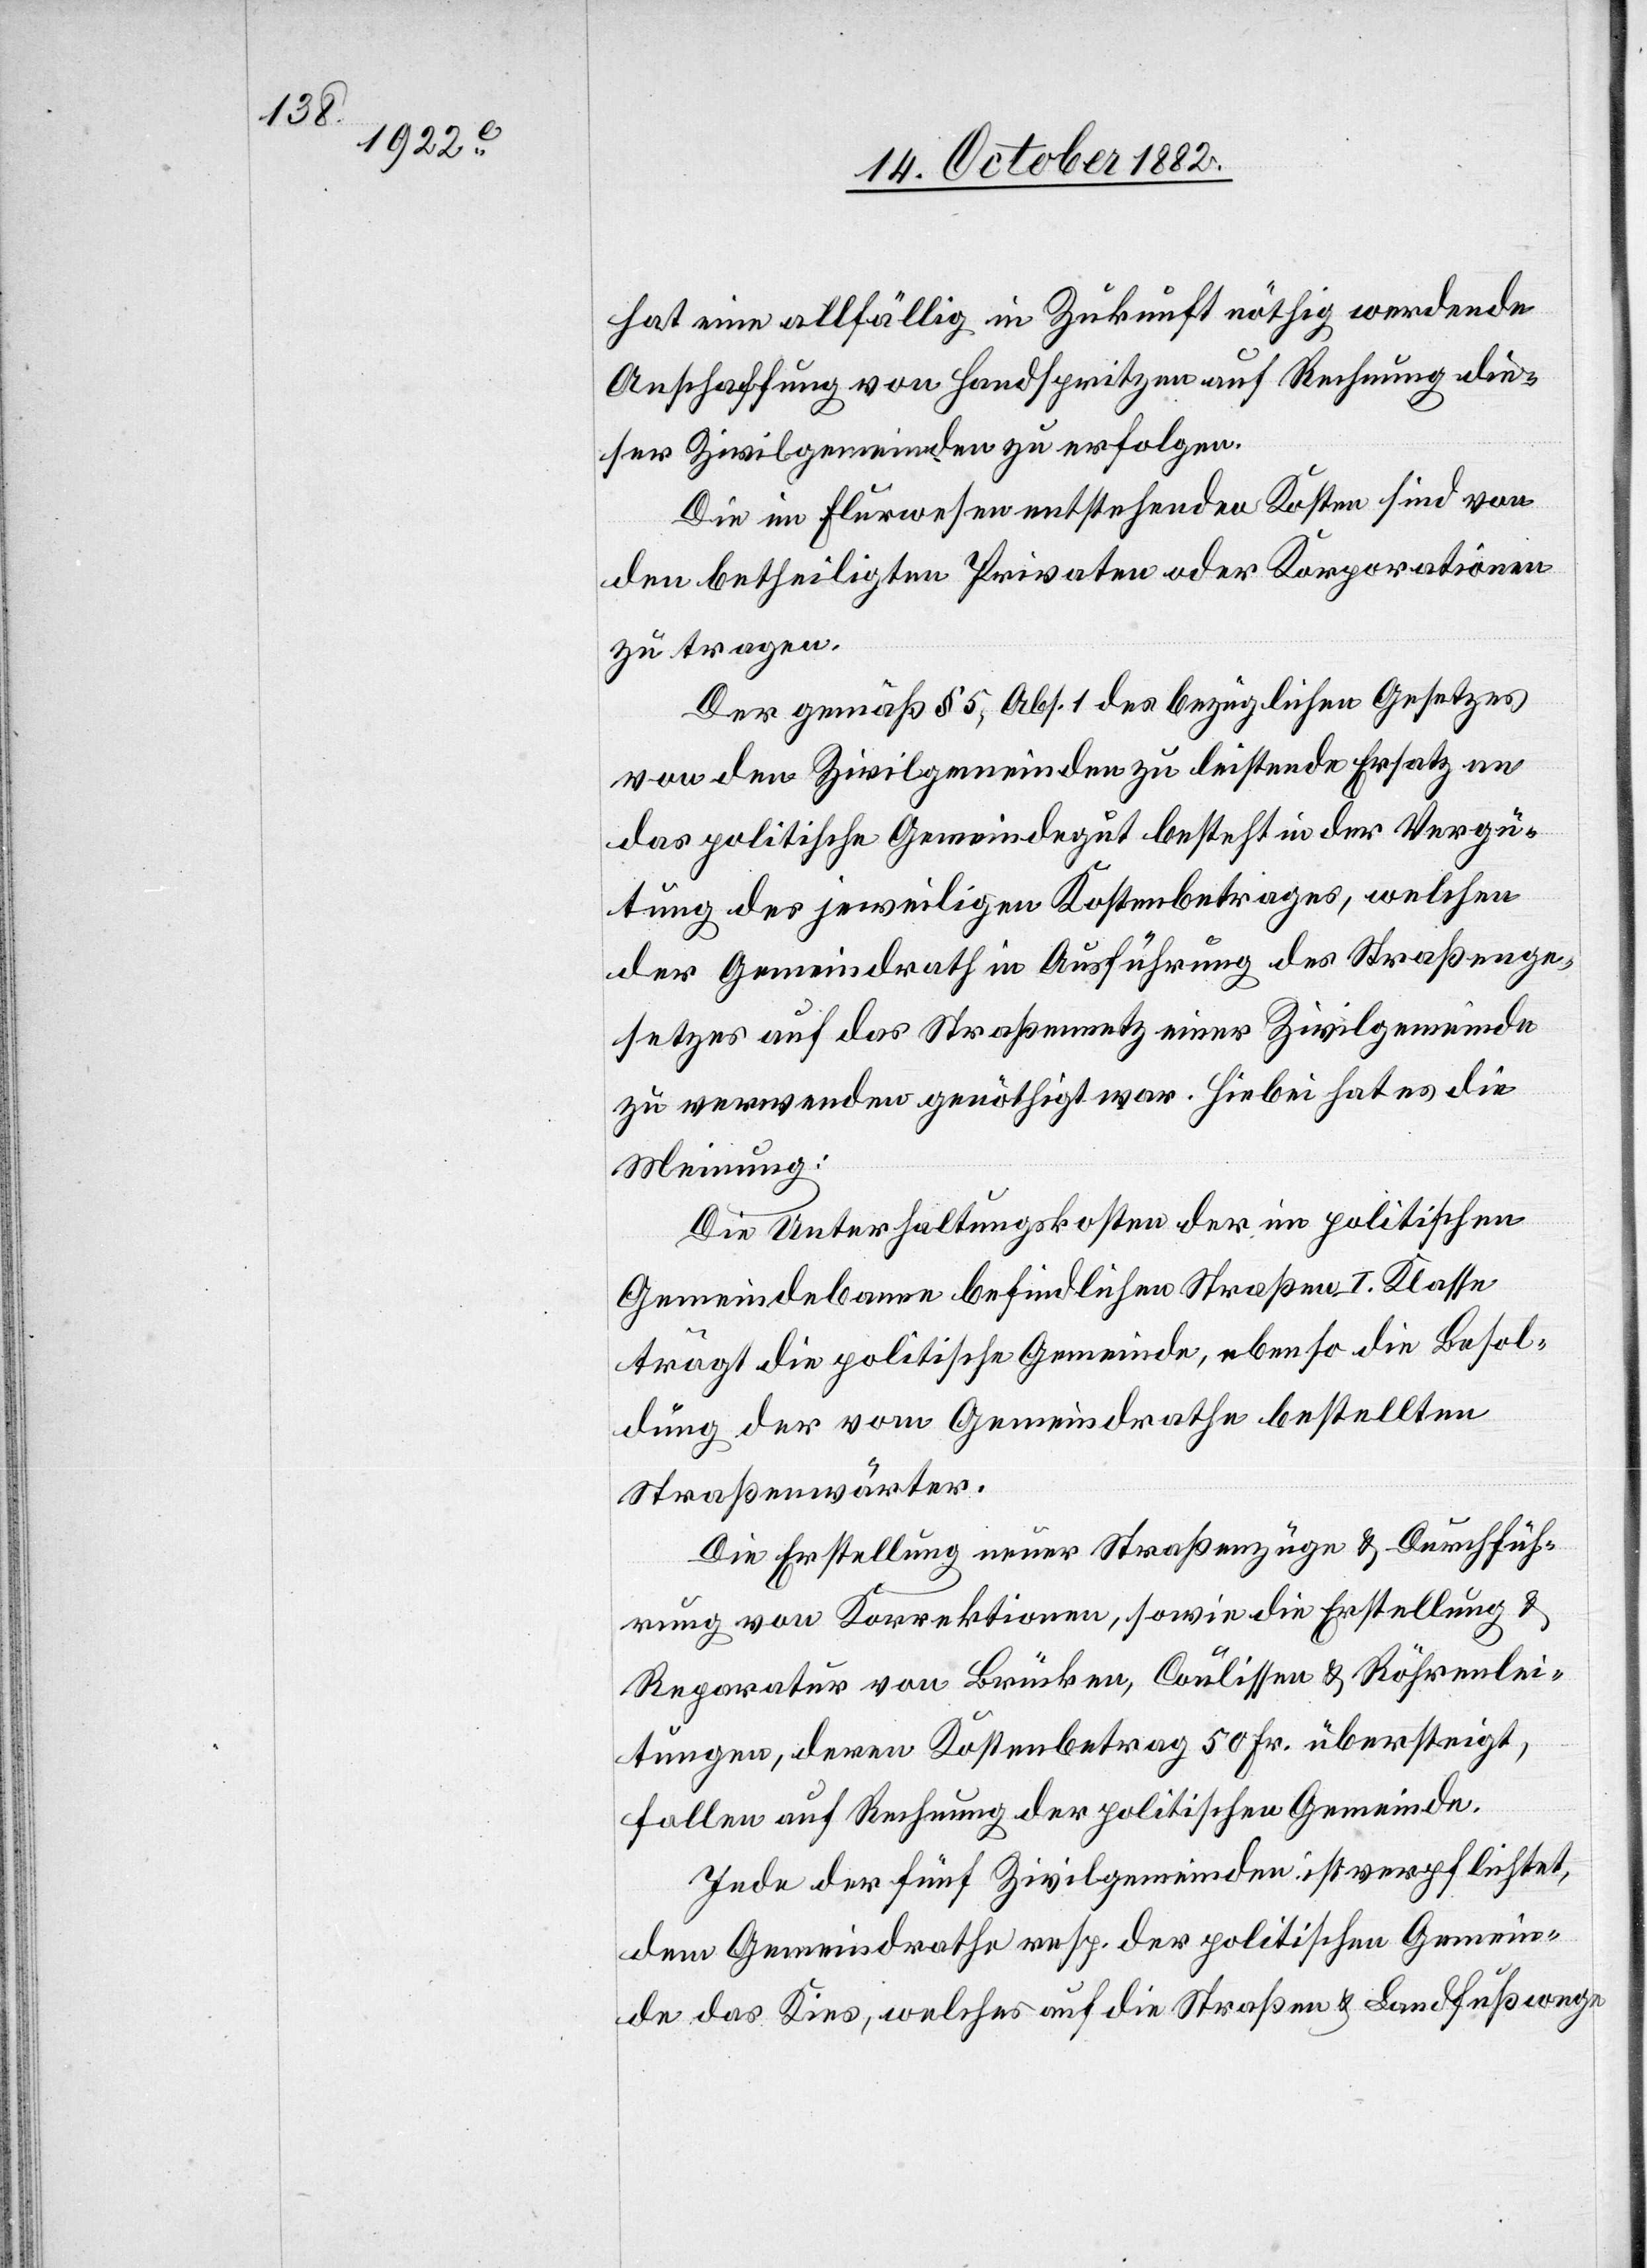
hat eine allfällig in Zukunft nöthig werdende
Anschaffung von Handspritzen auf Rechnung die¬
ser Zivilgemeinden zu erfolgen.
Die im Flurwesen entstehenden Kosten sind von
den betheiligten Privaten oder Korporationen
zu tragen.
Der gemäß § 5, Abs. 1 des bezüglichen Gesetzes
von den Zivilgemeinden zu leistende Ersatz an
das politische Gemeindegut besteht in der Vergü¬
tung des jeweiligen Kostenbetrages, welchen
der Gemeindrath in Ausführung des Straßenge¬
setzes auf das Straßennetz einer Zivilgemeinde
zu verwenden genöthigt war. Hiebei hat es die
Meinung:
Die Unterhaltungskosten der im politischen
Gemeindebanne befindlichen Straßen I. Klasse
trägt die politische Gemeinde, ebenso die Besol¬
dung der vom Gemeindrathe bestellten
Straßenwärter.
Die Erstellung neuer Straßenzüge & Durchfüh¬
rung von Korrektionen, sowie die Erstellung &
Reparatur von Brücken, Coulissen & Röhrenlei¬
tungen, deren Kostenbetrag 50 Fr. übersteigt,
fallen auf Rechnung der politischen Gemeinde.
Jede der fünf Zivilgemeinden ist verpflichtet,
dem Gemeindrathe resp. der politischen Gemein¬
de das Kies, welches auf die Straßen & Landfußwege